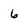
Character: 6